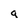
Character: g